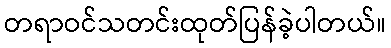
တရာဝင်သတင်းထုတ်ပြန်ခဲ့ပါတယ်။